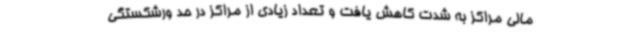
مالی مراکز به شدت کاهش یافت و تعداد زیادی از مراکز در حد ورشکستگی